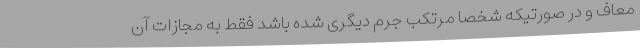
معاف و در صورتیکه شخصاً مرتکب جرم دیگری شده باشد فقط به مجازات آن